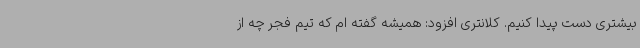
بیشتری دست پیدا کنیم. کلانتری افزود: همیشه گفته ام که تیم فجر چه از